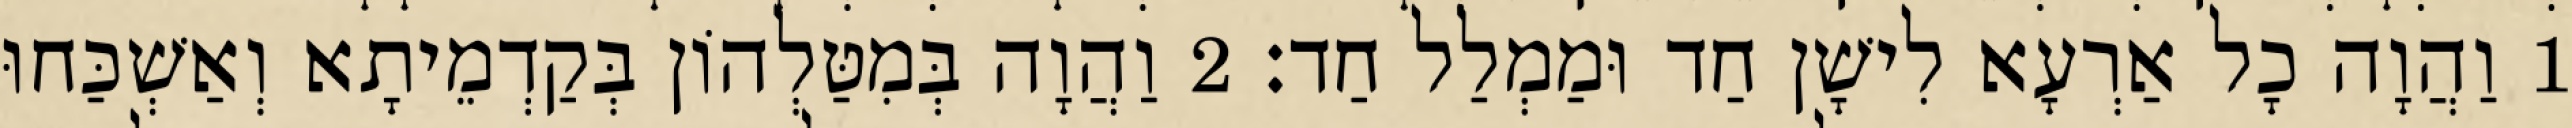
1 וַהֲוָה כָל אַרְעָא לִישָׁן חַד וּמַמְלַל חַד׃ 2 וַהֲוָה בְּמִטַּלְהוֹן בְּקַדְמֵיתָא וְאַשְׁכַּחוּ